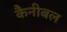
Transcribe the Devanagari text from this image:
कैनीबल